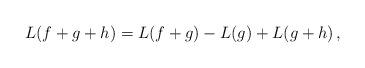
LaTeX: \begin{align*}L(f+g+h)=L(f+g)-L(g)+L(g+h)\,,\end{align*}